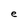
Character: e